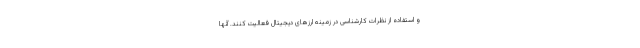
و استفاده از نظرات کارشناسی در زمینه ارزهای دیجیتال فعالیت کنند. آنها